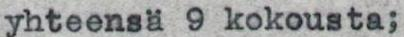
yhteensä 9 kokousta;